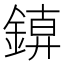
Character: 𨩑